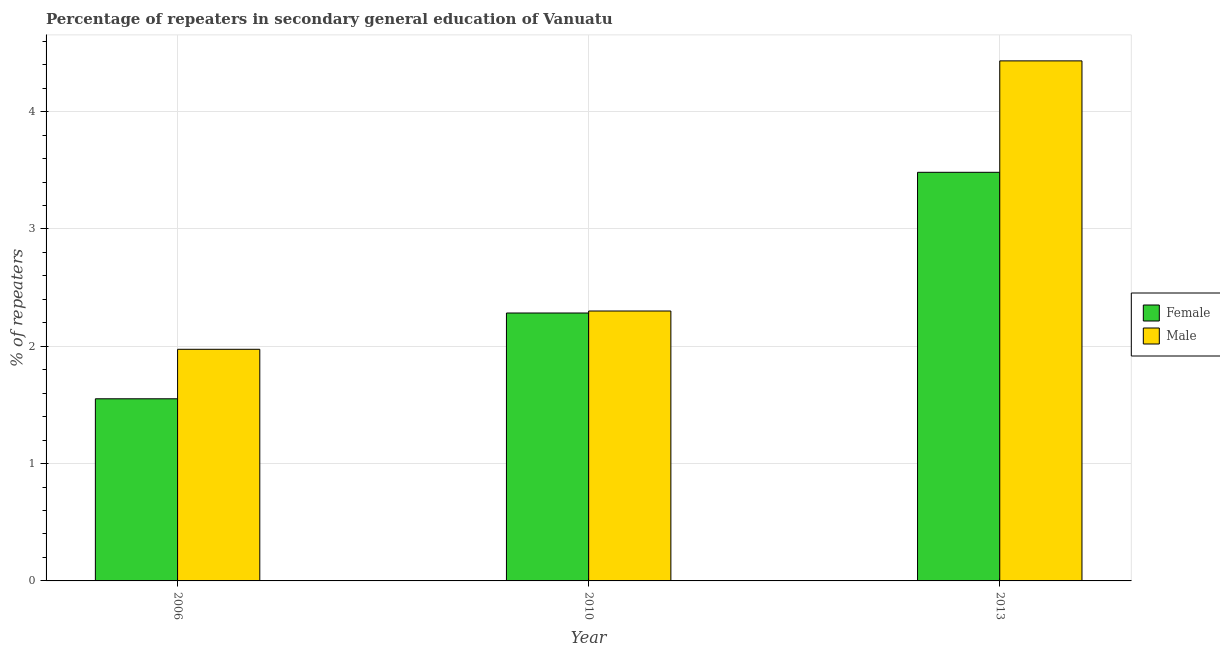
| Year | Female | Male |
 | --- | --- | --- |
 | 2006 | 1.55 | 1.97 |
 | 2010 | 2.28 | 2.3 |
 | 2013 | 3.48 | 4.43 |